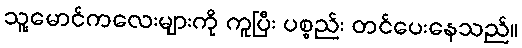
သူ့မောင်ကလေးများကို ကူပြီး ပစ္စည်း တင်ပေးနေသည်။